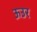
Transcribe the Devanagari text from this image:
ऊउर